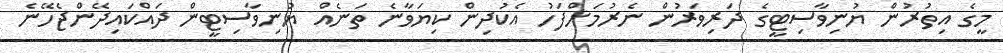
މީގެ އިތުރުން ޔުނިވާސިޓީގެ ދަރިވަރުން ނެރުމަށްފަހު އެކުދިން ކިޔަވާނެ ތަނެއް ޔުނިވާސިޓީން ދައްކައިދޭންޖެހޭނެ